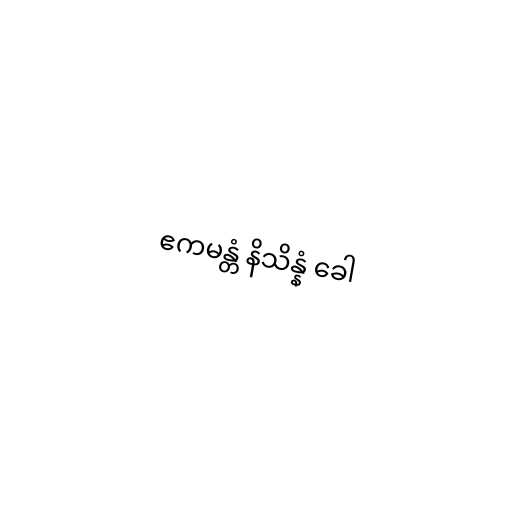
ဧကမန္တံ နိသိန္နံ ခေါ